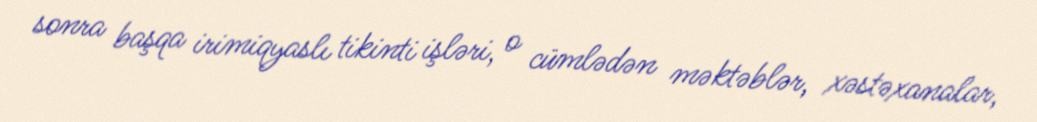
sonra başqa irimiqyaslı tikinti işləri, o cümlədən məktəblər, xəstəxanalar,